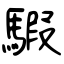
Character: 騢